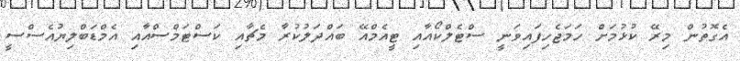
އެގޮތުން މިރޭ ކުޅުމަށް ހަމަޖެހިފައިވަނީ ސްޓެލްކޯއާއި ޓީއެމްއޭ ބައްދަލުކުރާ މެޗާއި ކަސްޓަމްސްއާއި އެމްޑަބްލިޔުއެސްސީ